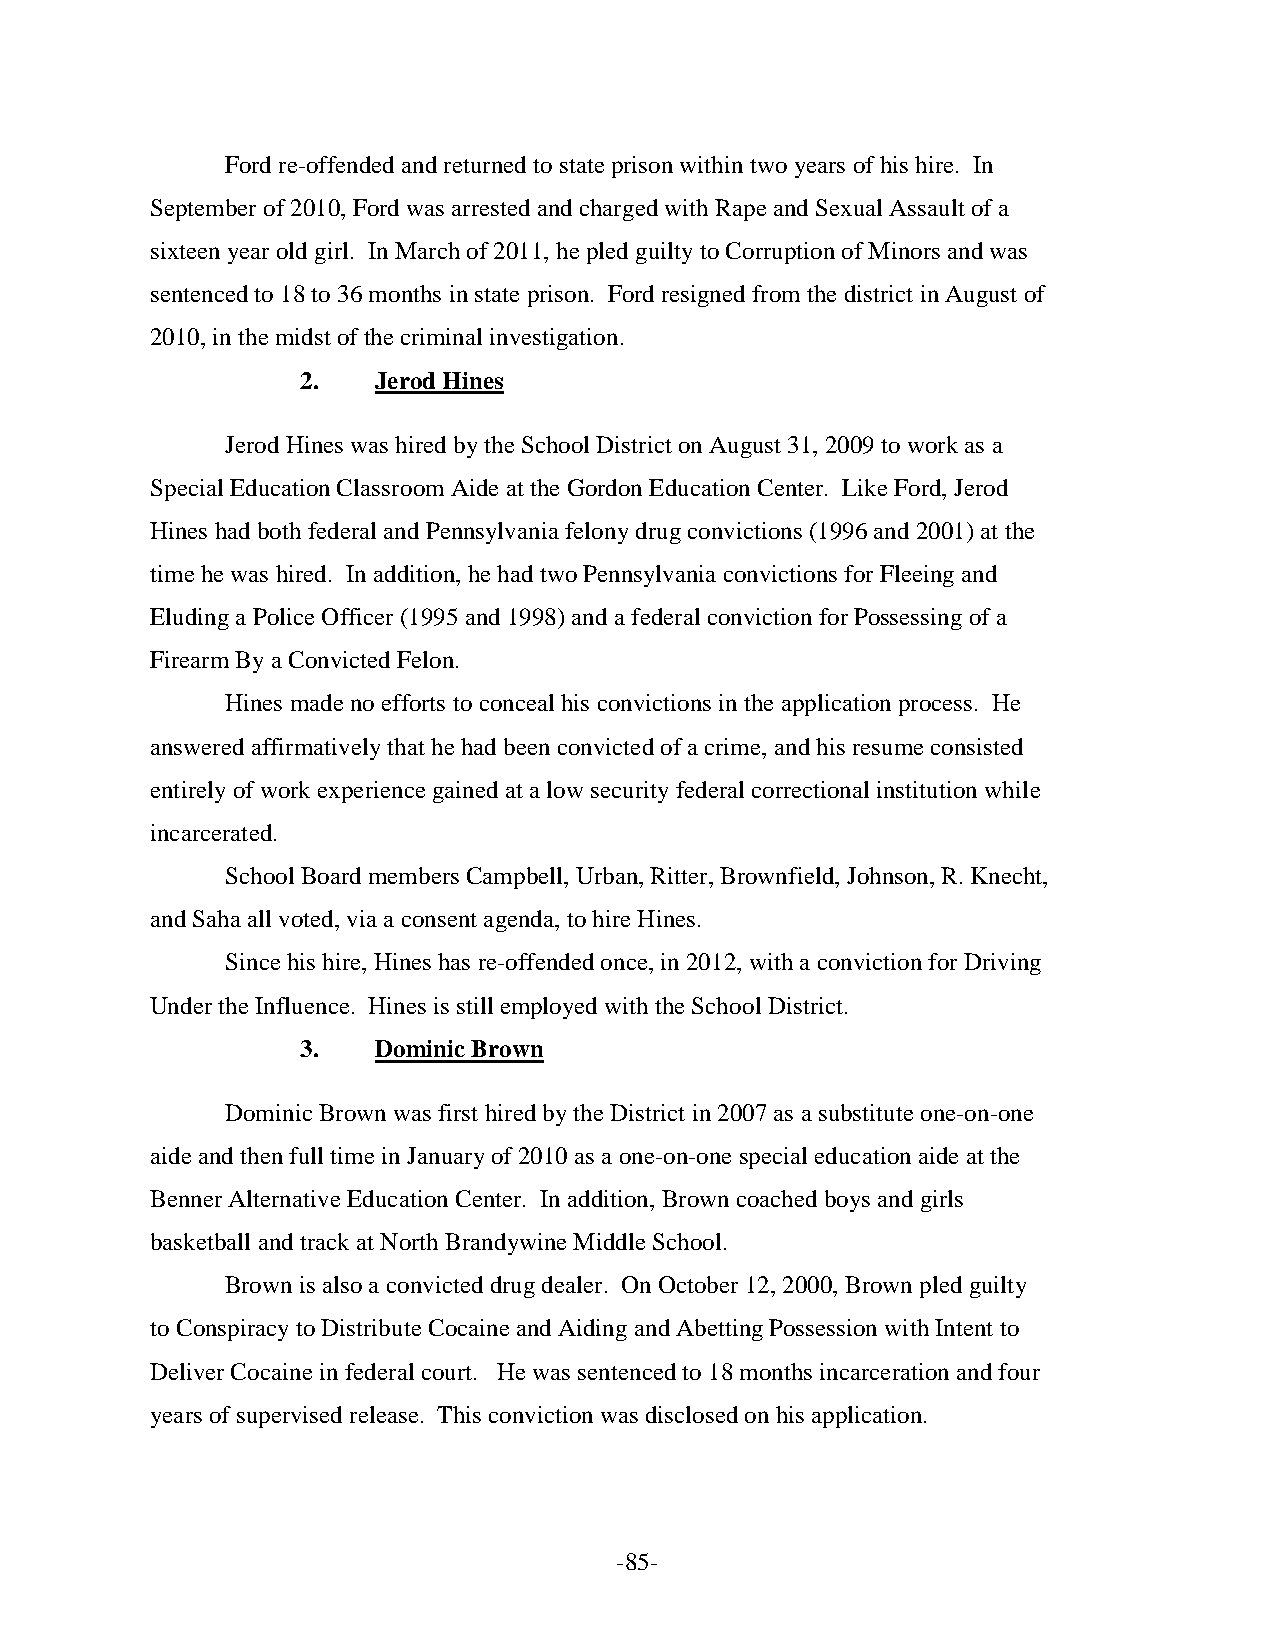
Ford re-offended and returned to state prison within two years of his hire. In
 September of 2010, Ford was arrested and charged with Rape and Sexual Assault of a
 sixteen year old girl. In March of 2011, he pled guilty to Corruption of Minors and was
 sentenced to 18 to 36 months in state prison. Ford resigned from the district in August of
 2010, in the midst of the criminal investigation.
 2.   Jerod Hines
 Jerod Hines was hired by the School District on August 31, 2009 to work as a
 Special Education Classroom Aide at the Gordon Education Center. Like Ford, Jerod
 Hines had both federal and Pennsylvania felony drug convictions (1996 and 2001) at the
 time he was hired. In addition, he had two Pennsylvania convictions for Fleeing and
 Eluding a Police Officer (1995 and 1998) and a federal conviction for Possessing of a
 Firearm By a Convicted Felon.
 Hines made no efforts to conceal his convictions in the application process. He
 answered affirmatively that he had been convicted of a crime, and his resume consisted
 entirely of work experience gained at a low security federal correctional institution while
 incarcerated.
 School Board members Campbell, Urban, Ritter, Brownfield, Johnson, R. Knecht,
 and Saha all voted, via a consent agenda, to hire Hines.
 Since his hire, Hines has re-offended once, in 2012, with a conviction for Driving
 Under the Influence. Hines is still employed with the School District.
 3.   Dominic Brown
 Dominic Brown was first hired by the District in 2007 as a substitute one-on-one
 aide and then full time in January of 2010 as a one-on-one special education aide at the
 Benner Alternative Education Center. In addition, Brown coached boys and girls
 basketball and track at North Brandywine Middle School.
 Brown is also a convicted drug dealer. On October 12, 2000, Brown pled guilty
 to Conspiracy to Distribute Cocaine and Aiding and Abetting Possession with Intent to
 Deliver Cocaine in federal court. He was sentenced to 18 months incarceration and four
 years of supervised release. This conviction was disclosed on his application.
 -85-